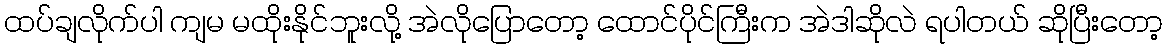
ထပ်ချလိုက်ပါ ကျမ မထိုးနိုင်ဘူးလို့ အဲလိုပြောတော့ ထောင်ပိုင်ကြီးက အဲဒါဆိုလဲ ရပါတယ် ဆိုပြီးတော့